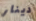
دينار